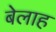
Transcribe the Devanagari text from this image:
बेलाह